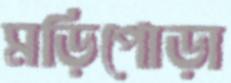
মড়িপোড়া